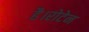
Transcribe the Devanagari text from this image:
है।रोटेन